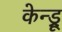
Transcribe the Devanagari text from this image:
केन्ड्रू